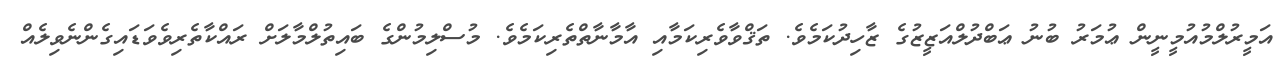
އަމީރުލްމުއުމީނީން ޢުމަރު ބުނު ޢަބްދުލްއަޒީޒުގެ ޒާހިދުކަމެވެ. ތަޤްވާވެރިކަމާއި އާމާނާތްތެރިކަމެވެ. މުސްލިމުންގެ ބައިތުލްމާލަށް ރައްކާތެރިވެވަޑައިގެންނެވިލެއް